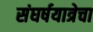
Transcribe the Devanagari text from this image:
संघर्षयात्रेचा